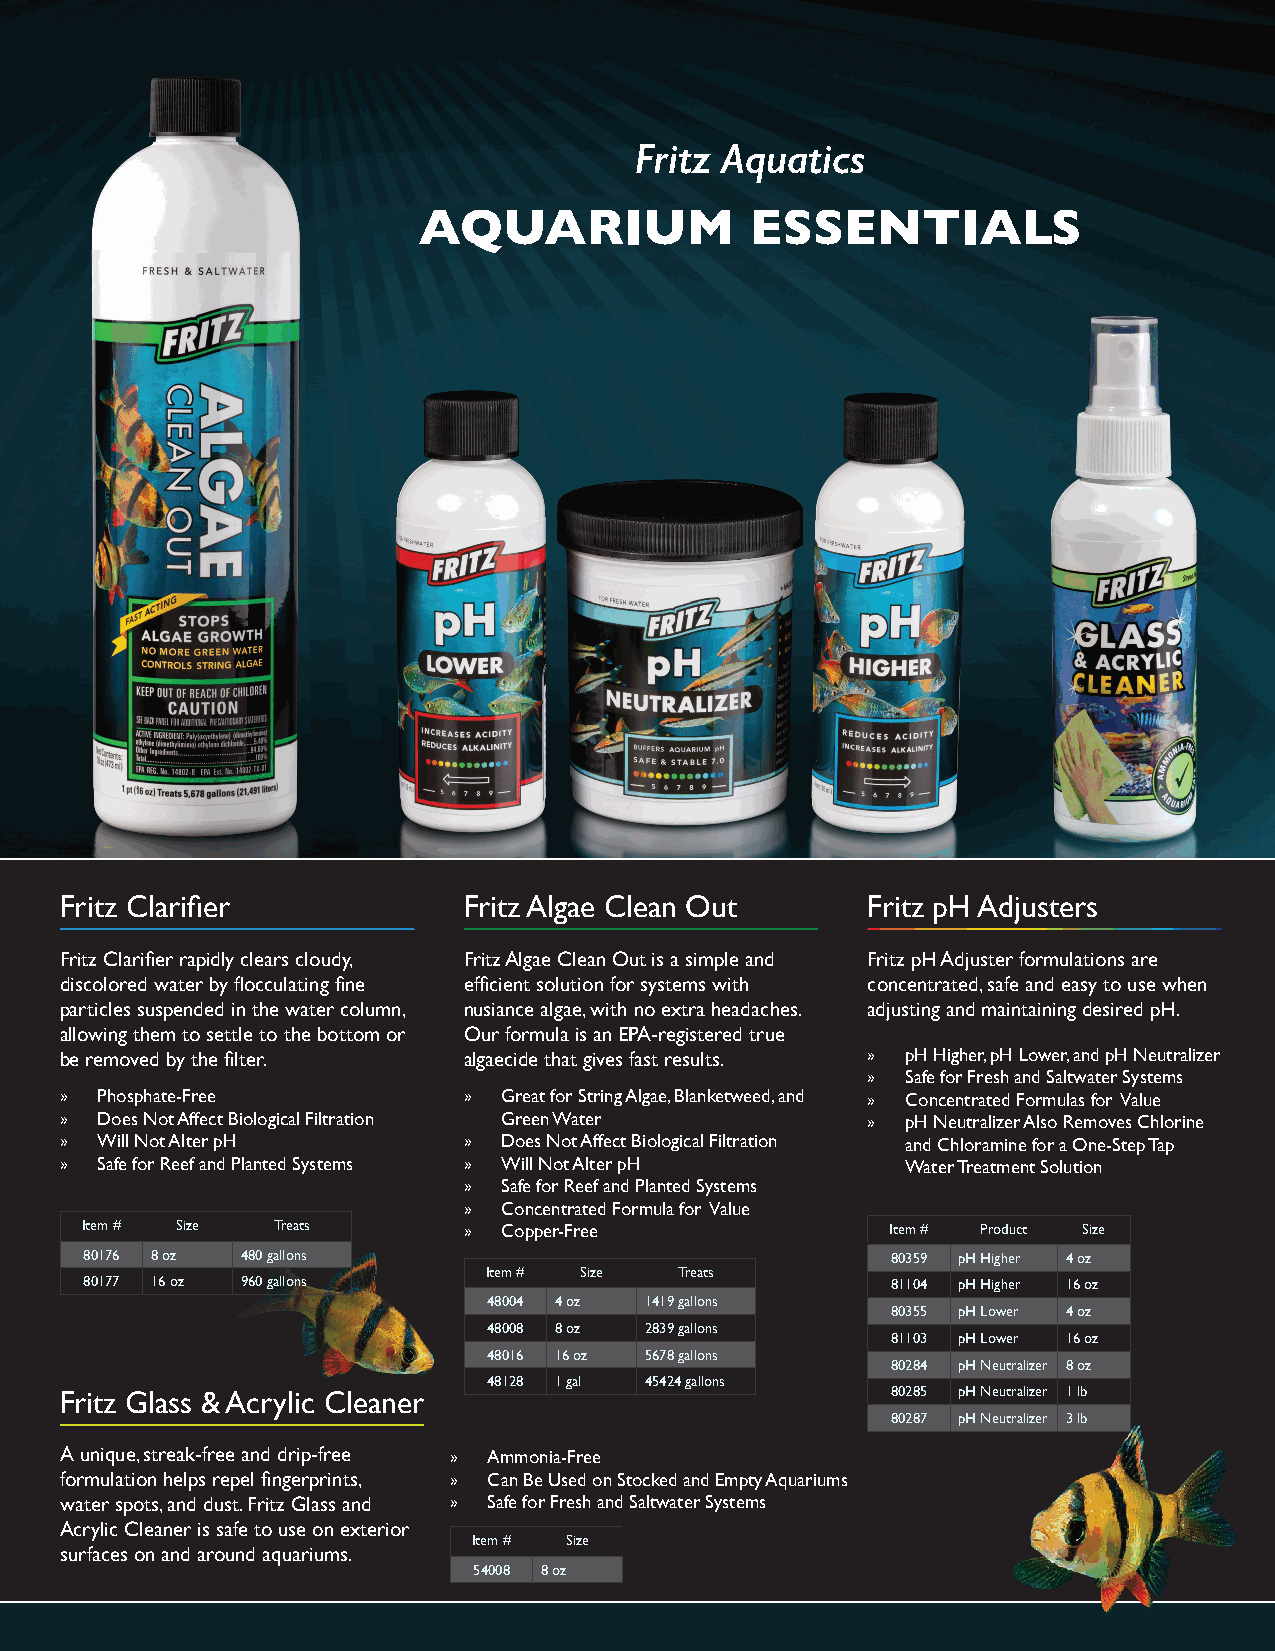
Fritz Aquatics
 AQUARIUM              ESSENTIALS
 Fritz Clarifier            Fritz Algae Clean Out     Fritz pH Adjusters
 Fritz Clarifier rapidly clears cloudy, Fritz Algae Clean Out is a simple and Fritz pH Adjuster formulations are
 discolored water by flocculating fine efficient solution for systems with concentrated, safe and easy to use when
 particles suspended in the water column, nusiance algae, with no extra headaches. adjusting and maintaining desired pH.
 allowing them to settle to the bottom or Our formula is an EPA-registered true
 be removed by the filter.  algaecide that gives fast results. » pH Higher, pH Lower, and pH Neutralizer
 »  Safe for Fresh and Saltwater Systems
 » Phosphate-Free           » Great for String Algae, Blanketweed, and » Concentrated Formulas for Value
 » Does Not Affect Biological Filtration Green Water  »  pH Neutralizer Also Removes Chlorine
 » Will Not Alter pH        » Does Not Affect Biological Filtration and Chloramine for a One-Step Tap
 » Safe for Reef and Planted Systems » Will Not Alter pH Water Treatment Solution
 » Safe for Reef and Planted Systems
 » Concentrated Formula for Value
 Item # Size  Treats       » Copper-Free               Item # Product Size
 80176 8 oz 480 gallons                               80359 pH Higher 4 oz
 Item # Size  Treats
 80177 16 oz 960 gallons                              81104 pH Higher 16 oz
 48004 4 oz 1419 gallons
 80355 pH Lower 4 oz
 48008 8 oz 2839 gallons
 81103 pH Lower 16 oz
 48016 16 oz 5678 gallons
 80284 pH Neutralizer 8 oz
 48128 1 gal 45424 gallons
 Fritz Glass & Acrylic Cleaner                          80285 pH Neutralizer 1 lb
 80287 pH Neutralizer 3 lb
 A unique, streak-free and drip-free » Ammonia-Free
 formulation helps repel fingerprints, » Can Be Used on Stocked and Empty Aquariums
 water spots, and dust. Fritz Glass and » Safe for Fresh and Saltwater Systems
 Acrylic Cleaner is safe to use on exterior
 Item # Size
 surfaces on and around aquariums.
 54008 8 oz